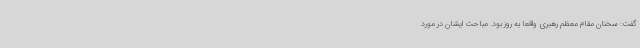
گفت: سخنان مقام معظم رهبری واقعا به روز بود. مباحث ایشان در مورد